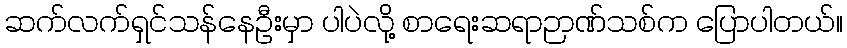
ဆက်လက်ရှင်သန်နေဦးမှာ ပါပဲလို့ စာရေးဆရာဉာဏ်သစ်က ပြောပါတယ်။